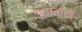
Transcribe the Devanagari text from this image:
युगानान्तु